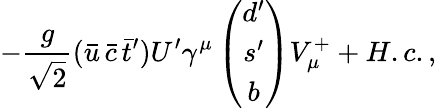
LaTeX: -\frac{g}{\sqrt 2}(\bar{u}\, \bar{c}\, \bar{t}^{\prime})U^{\prime}\gamma^{\mu}\left(\begin{array}{c}{{d^{\prime}}}\\ {{s^{\prime}}}\\ {{b}}\end{array}\right)V_{\mu}^{+}+H.c.,